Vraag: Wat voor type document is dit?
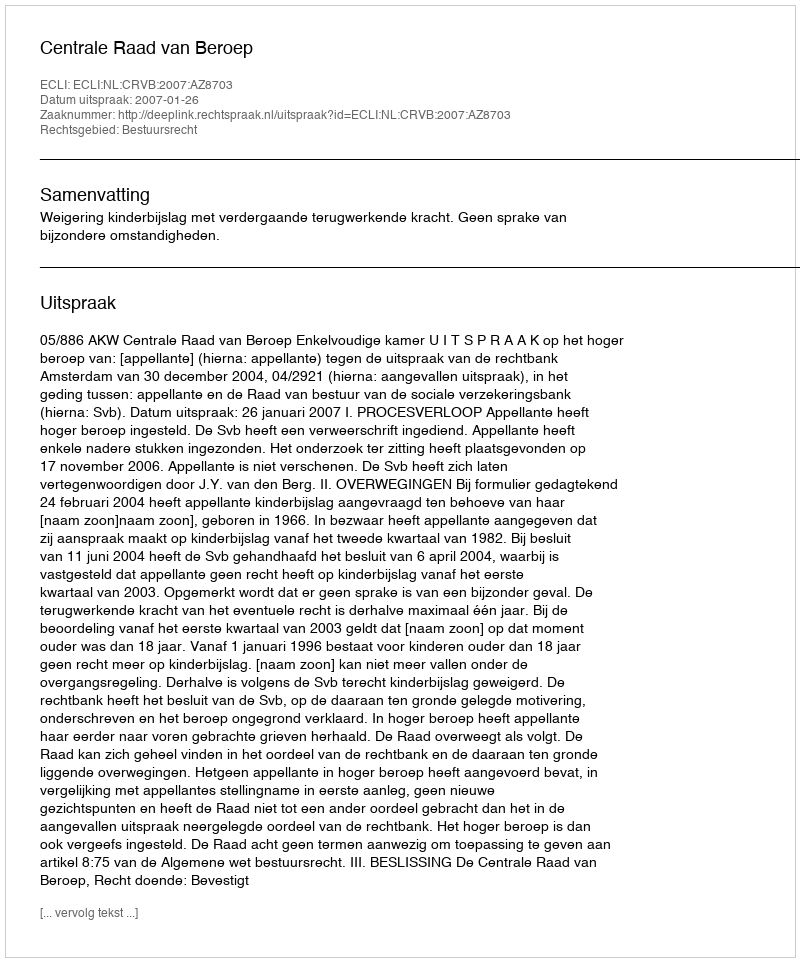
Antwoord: Uitspraak